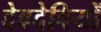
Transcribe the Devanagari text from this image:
देवदेवियों